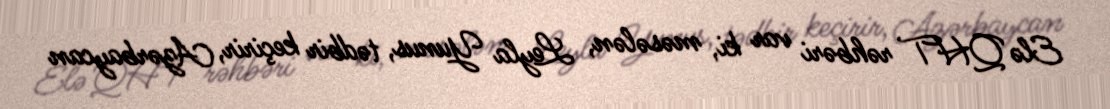
Elə QHT rəhbəri var ki, məsələn, Leyla Yunus, tədbir keçirir, Azərbaycan